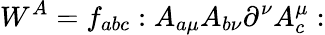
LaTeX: W^{A}=f_{abc}:A_{a\mu}A_{b\nu}\partial^{\nu}A_{c}^{\mu}: